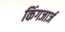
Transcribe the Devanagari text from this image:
किंगजार्ज